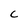
Character: C